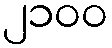
၂၁၀၀